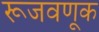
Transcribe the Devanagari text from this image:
रूजवणूक